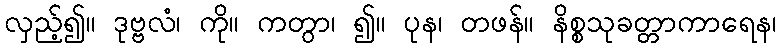
လှည့်၍။ ဒုဗ္ဗလံ၊ ကို။ ကတွာ၊ ၍။ ပုန၊ တဖန်။ နိစ္စသုခတ္တာကာရေန၊